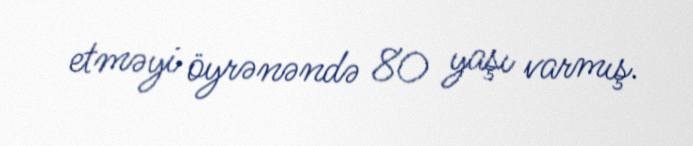
etməyi öyrənəndə 80 yaşı varmış.